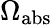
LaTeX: \Omega_{\mathrm{abs}}